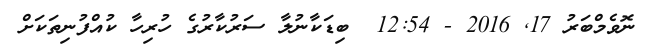
ނޮވެމްބަރު 17